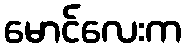
မောင်လေးက